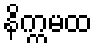
နိက္ကမထ